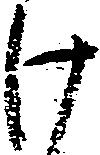
け